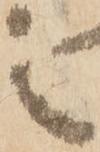
之